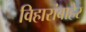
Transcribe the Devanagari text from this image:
विहारांबाहेर